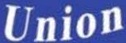
Union